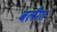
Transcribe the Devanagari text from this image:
बर्लंगा